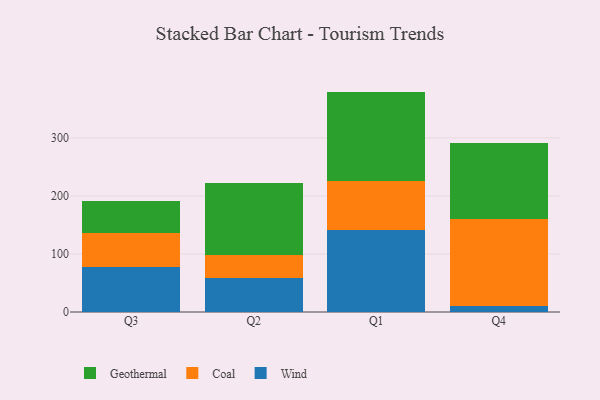
{"axis": {"x": "Quarter", "y": "Energy Usage (MWh)"}, "legend": ["Coal", "Geothermal", "Wind"], "data": [{"x": "Q3", "y": 77.0, "type": "Wind"}, {"x": "Q3", "y": 59.8, "type": "Coal"}, {"x": "Q3", "y": 54.5, "type": "Geothermal"}, {"x": "Q2", "y": 59.0, "type": "Wind"}, {"x": "Q2", "y": 38.4, "type": "Coal"}, {"x": "Q2", "y": 124.7, "type": "Geothermal"}, {"x": "Q1", "y": 141.3, "type": "Wind"}, {"x": "Q1", "y": 85.2, "type": "Coal"}, {"x": "Q1", "y": 153.2, "type": "Geothermal"}, {"x": "Q4", "y": 11.0, "type": "Wind"}, {"x": "Q4", "y": 150.0, "type": "Coal"}, {"x": "Q4", "y": 129.7, "type": "Geothermal"}]}